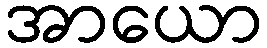
အာယော